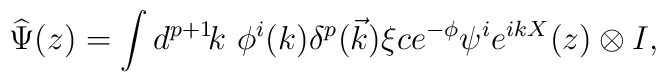
\widehat{\Psi}(z)=\int d^{p+1}\!k\ \phi^i(k)\delta^p(\vec{k})\xi ce^{-\phi}\psi^ie^{ikX}(z)\otimes I,